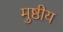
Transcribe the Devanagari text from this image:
मुष्ठीय